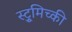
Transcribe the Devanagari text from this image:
स्ट्रुमिच्की